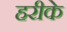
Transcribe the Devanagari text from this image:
हरीके